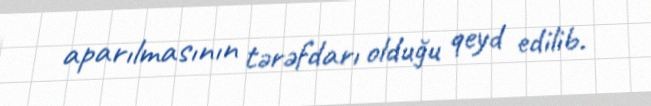
aparılmasının tərəfdarı olduğu qeyd edilib.